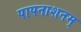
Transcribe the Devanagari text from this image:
पापनाशनम्